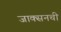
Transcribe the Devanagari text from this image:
जाक्सनची